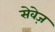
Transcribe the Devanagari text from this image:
सेवेज़